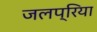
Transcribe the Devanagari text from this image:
जलप्रिया